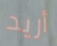
أريد